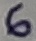
Text: 6